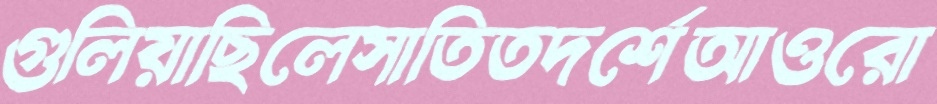
গুলিয়াছিলেসাতিতদর্শেআওরো